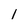
Character: 1